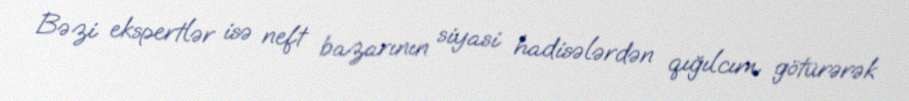
Bəzi ekspertlər isə neft bazarının siyasi hadisələrdən qığılcım götürərək